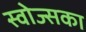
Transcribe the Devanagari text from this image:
स्वोज्सका